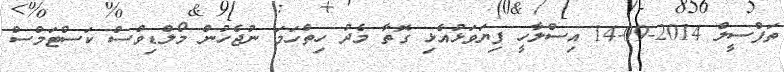
ތަފްސީލް 2014-09-14 އިސްލާހީ ފިޔަވަޅުއެޅި ގޮތާ މެދު ހިތްހަމަ ނުޖެހުން މޯލްޑިވްސް ކަސްޓަމްސް